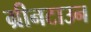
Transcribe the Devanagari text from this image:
ग्रीनटाउन